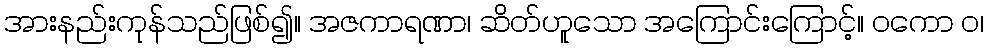
အားနည်းကုန်သည်ဖြစ်၍။ အဇကာရဏာ၊ ဆိတ်ဟူသော အကြောင်းကြောင့်။ ဝကော ဝ၊